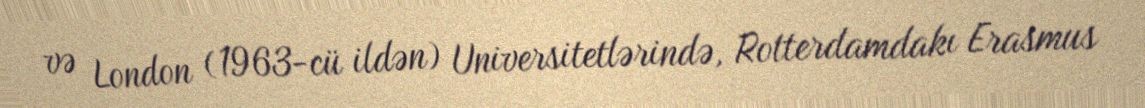
və London (1963-cü ildən) Universitetlərində, Rotterdamdakı Erasmus